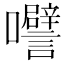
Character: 𭍅